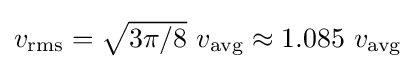
{\textstyle v_{\rm {rms}}={\sqrt {3\pi /8}}\ v_{\rm {avg}}\approx 1.085\ v_{\rm {avg}}}